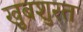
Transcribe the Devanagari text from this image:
खुबशुरत